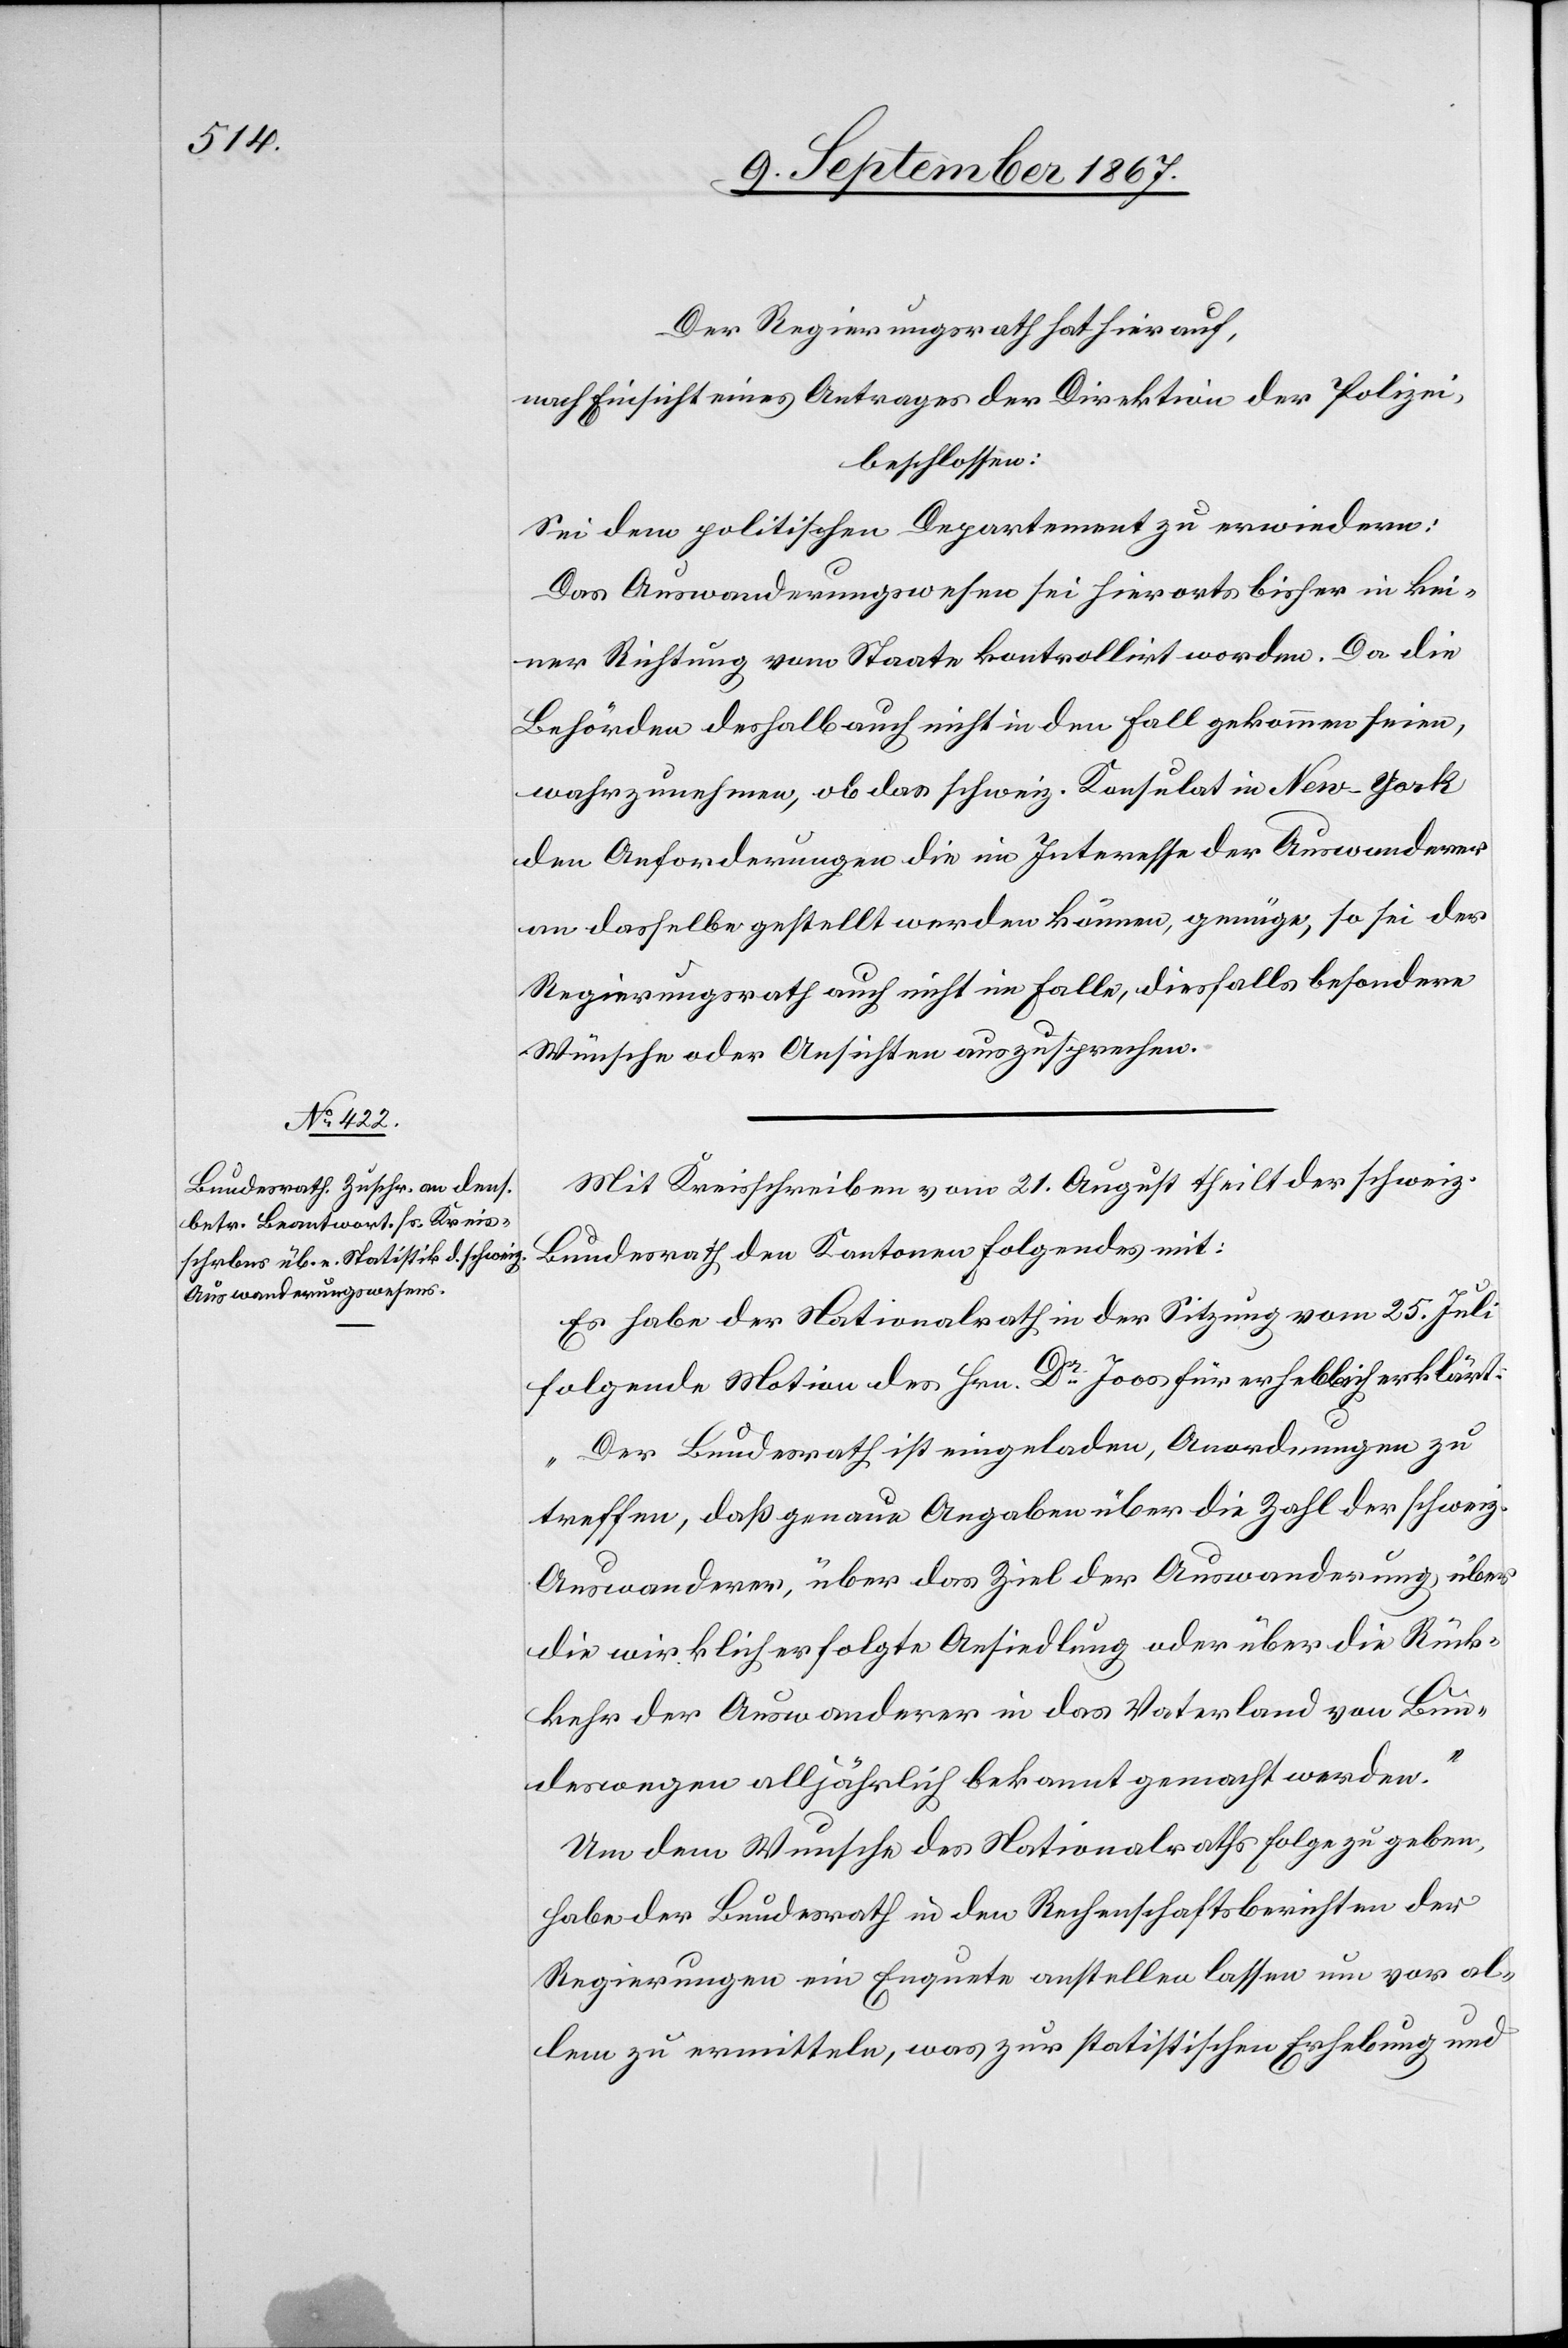
Der Regierungsrath hat hierauf,
nach Einsicht eines Antrages der Direktion der Polizei,
beschlossen:
Sei dem politischen Departement zu erwiedern:
Das Auswanderungswesen sei hierorts bisher in kei¬
ner Richtung vom Staate kontrollirt worden. Da die
Behörden deshalb auch nicht in dem Fall gekommen seien,
wahrzunehmen, ob das schweiz. Konsulat in New-York
den Anforderungen die im Interesse der Auswanderer
an dasselbe gestellt werden können, genüge, so sei der
Regierungsrath auch nicht im Falle, diesfalls besondere
Wünsche oder Ansichten auszusprechen.
Mit Kreisschreiben vom 21. August theilt der schweiz.
Bundesrath den Kantonen folgendes mit:
Es habe der Nationalrath in der Sitzung vom 25. Juli
folgende Motion des Hrn. Dr. Joos für erheblich erklärt:
„Der Bundesrath ist eingeladen, Anordnungen zu
treffen, daß genaue Angaben über die Zahl der schweiz.
Auswanderer, über das Ziel der Auswanderung, über
die wirklich erfolgte Ansiedlung oder über die Rück¬
kehr der Auswanderer in das Vaterland von Bun¬
deswegen alljährlich bekannt gemacht werden.“
Um dem Wunsche des Nationalraths Folge zu geben,
habe der Bundesrath in den Rechenschaftsberichten der
Regierungen ein Enquete anstellen lassen um vor al¬
lem zu ermitteln, was zur statistischen Erhebung und